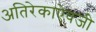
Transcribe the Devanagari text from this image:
अतिरेकाऐवजी